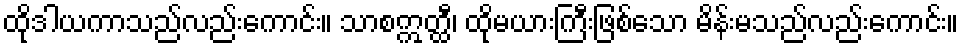
ထိုဒါယကာသည်လည်းကောင်း။ သာစဣတ္ထီ၊ ထိုမယားကြီးဖြစ်သော မိန်းမသည်လည်းကောင်း။